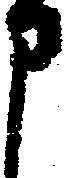
申